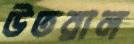
উতরাল